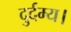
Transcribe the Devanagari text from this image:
दुर्दम्य।